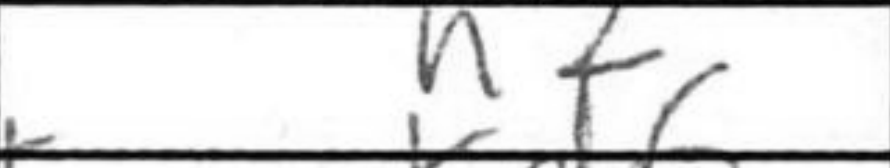
Transcription: h2